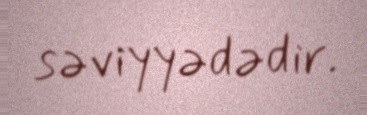
səviyyədədir.